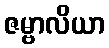
ဇမ္ဗာလိယာ